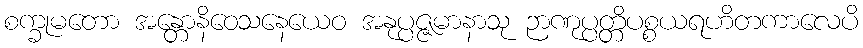
စက္ခုမတော အန္တောနိဝေသနေယေဝ အနုပ္ပဇ္ဇမာနာသု ဉာဏုပ္ပတ္တိပစ္စယရဟိတကာလေပိ